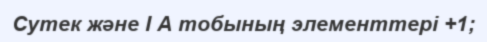
Сутек және І А тобының элементтері +1;